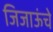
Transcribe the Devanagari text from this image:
जिजाऊंचे